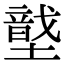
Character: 𡑠